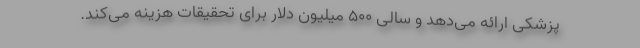
پزشکی ارائه می‌دهد و سالی ۵۰۰ میلیون دلار برای تحقیقات هزینه می‌کند.